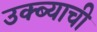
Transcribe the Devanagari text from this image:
उक्ब्याची